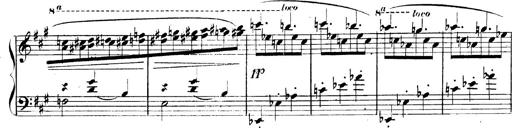
Title: 3 Caprices-Valses
Composer: Franz Liszt